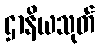
ဌာနိယသုတ်